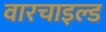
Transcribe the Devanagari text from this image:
वारचाइल्ड